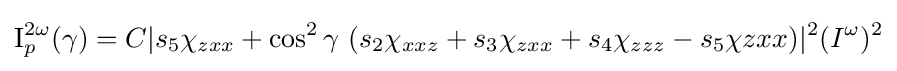
\mathrm {I} _{p}^{2\omega }(\gamma )=C|s_{5}\chi _{zxx}+\cos ^{2}{\gamma }\ {(s_{2}\chi _{xxz}+s_{3}\chi _{zxx}+s_{4}\chi _{zzz}-s_{5}\chi {zxx})}|^{2}(I^{\omega })^{2}